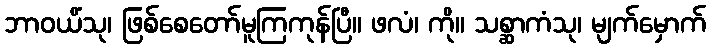
ဘာဝယိံသု၊ ဖြစ်စေတော်မူကြကုန်ပြီ။ ဖလံ၊ ကို။ သစ္ဆာကံသု၊ မျက်မှောက်